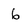
Character: 6